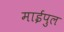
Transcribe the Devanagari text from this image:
माईपुल